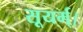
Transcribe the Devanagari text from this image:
सूयर्म्।